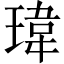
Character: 瑋